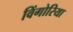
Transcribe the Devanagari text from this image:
विंगोरिया